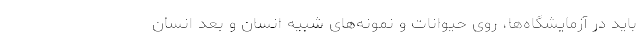
باید در آزمایشگاه‌ها، روی حیوانات و نمونه‌های شبیه انسان و بعد انسان